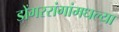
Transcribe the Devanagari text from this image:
डोंगररांगांमधल्या